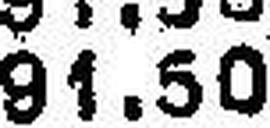
91.50